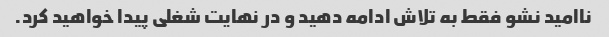
ناامید نشو فقط به تلاش ادامه دهید و در نهایت شغلی پیدا خواهید کرد.